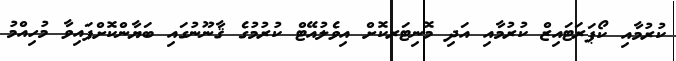
ކުރުމާއި ކޯޕަރަޓައިޒް ކުރުމާއި އަދި މޮނިޓަރކޮށް އިވެލުއޭޓް ކުރުމުގެ ޤާނޫނުގައި ބަޔާންކޮށްފައިވާ މުހިއްމު